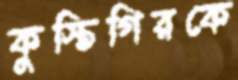
কুস্তিগিরকে